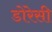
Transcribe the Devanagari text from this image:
डोरेसी